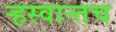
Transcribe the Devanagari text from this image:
ऱ्हस्वान्तच